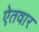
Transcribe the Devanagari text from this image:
ऐतवार